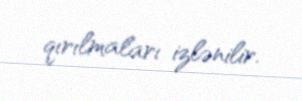
qırılmaları izlənilir.